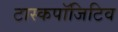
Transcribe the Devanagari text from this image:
टास्कपॉजिटिव